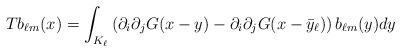
LaTeX: \begin{align*}Tb_{\ell m}(x)=\int_{K_{\ell}}\left( \partial_{i}\partial_{j}G(x-y)-\partial_{i}\partial_{j}G(x-\bar{y}_{\ell})\right) b_{\ell m}(y)dy \end{align*}